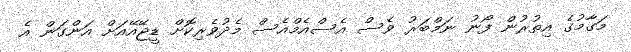
މަގާމުގެ އިތުރުން ފޯނު ނަމްބަރު ވެސް އެސްއެމްއެސް މެދުވެރިކޮށް ޑީޖޭއޭއަށް އަންގަން އެ